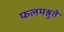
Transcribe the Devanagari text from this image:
फलमश्नुते